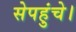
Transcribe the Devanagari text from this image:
सेपहुंचे।